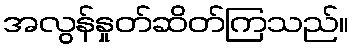
အလွန်နှုတ်ဆိတ်ကြသည်။